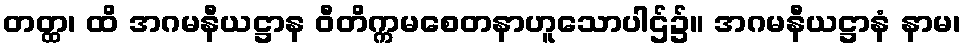
တတ္ထ၊ ထိ အဂမနီယဋ္ဌာန ဝီတိက္ကမစေတနာဟူသောပါဌ်၌။ အဂမနီယဋ္ဌာနံ နာမ၊